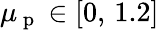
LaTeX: \mu_{\mathrm{~p~}}\in[0,\, 1.2]